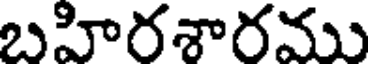
బహిరశారము